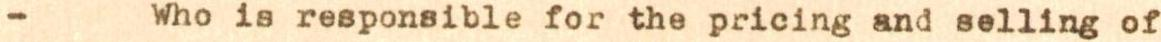
- Who is responsible for the pricing and selling of